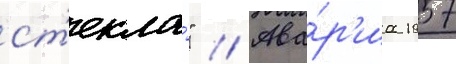
ст'екла́" // Ава́р'иа 1957